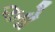
ઓ